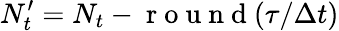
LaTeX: N_{t}^{\prime}=N_{t}-\mathrm{~r~o~u~n~d~}(\tau/\Delta t)